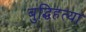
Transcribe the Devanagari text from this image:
बुद्धिहत्या